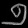
Digit: ၅